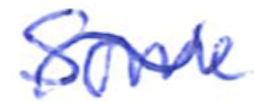
Text: Some
Cross-out: wave
Writing tool: ballpoint